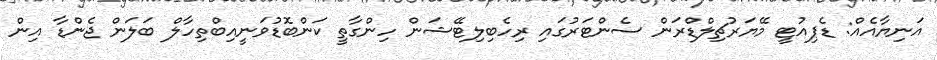
އަނިޔާއެއް: ޑެޕިއުޓީ މޭޔަރުޗިލްޑްރަން ސެންޓަރުގައި ރިހެބިލިޓޭޝަން ހިންގާތީ ކަންބޮޑުވަނީއިބްތިހާލް ބަލަން ޖެންޑާ އިން